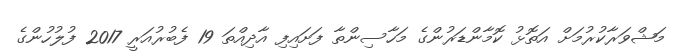
މަޝްވަރާކުރުމަށް އަތޮޅު ކޮމާންޑަރުންގެ މަހާސިންތާ ފަށައިފި އާދިއްތަ 19 ފެބުރުއަރީ 2017 ފުލުހުންގެ